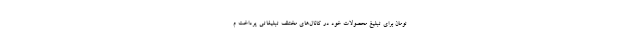
تومان برای تبلیغ محصولات خود در کانال‌های مختلف تبلیغاتی پرداخت م